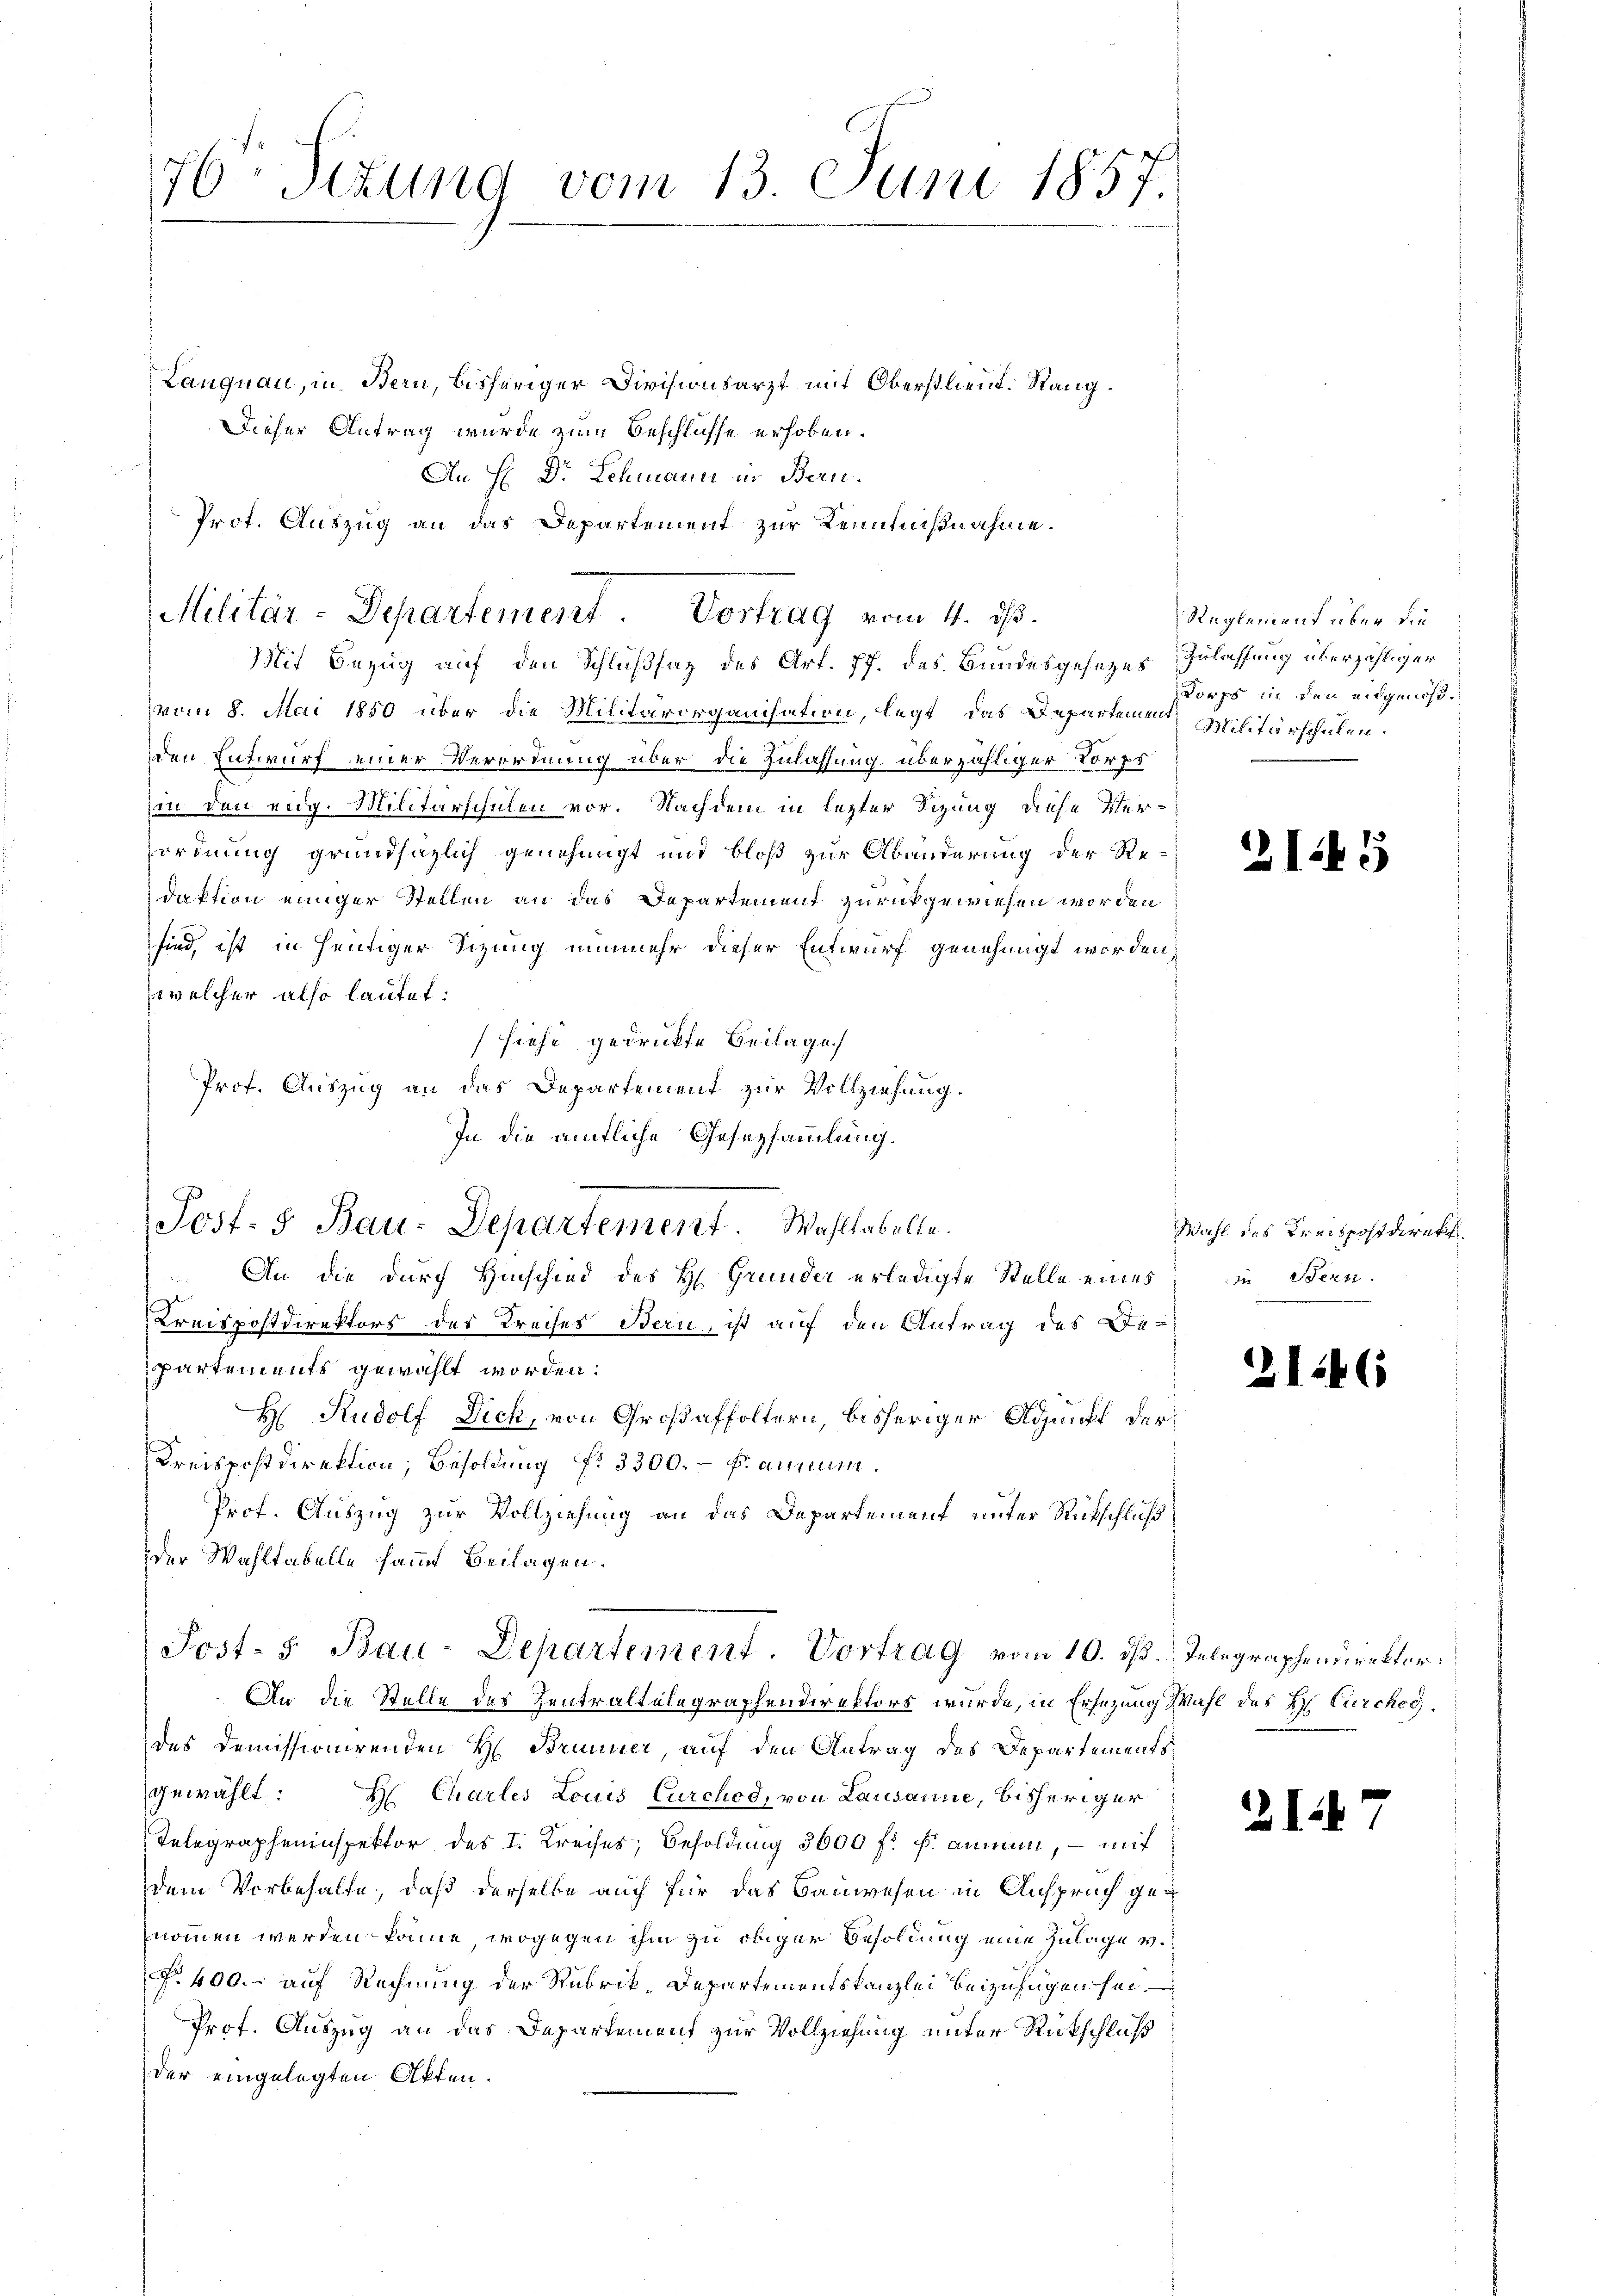
76 Sizung vom 13. Juni 1857.

Langnau, in Bern, bisheriger Divisionsarzt mit Oberstlieut. Rang¬
Dieser Antrag wurde zum Beschlüsse erhoben.

An H. Dr. Schmann in Beru¬
Mit Bezug auf den Schlußsaz des Art. 77. des Bundesgesetzes Zulassung überzähliger
vom 8. Mai 1850 über die Militärorganisation, legt, das Departemen Militärschulen.
den Entwurf einer Verordnung über die Zulassung überzähliger Korps
in den eidg. Militärschulen vor. Nachdem in lezter Sizung diese Verordnung grundsätzlich genehmigt und bloß zur Abänderung der Redaktion einiger Stellen an das Departement zurückgewiesen worden
sind, ist in heutiger Sizung nunmehr dieser Entwurf genehmigt worden,
welcher also lautet:
siehe gedrückte Beilage
Prof. Auszug an das Departement zur Vollziehung.
In die amtliche Gesezsammlung.
 An die durch Hinschied des H. Grunder erledigte Stelle eines
Kreispostdirektors des Kreises Bern, ist auf den Antrag des De-
partements gewählt worden:
H Rudolf Dich, von Großaffoltern, bisheriger Adjunkt der
Kreispostdirektion; Besoldung f. 3300. – Fr. annum.
Prof. Auszug zur Vollziehung an das Departement unter Rutschluß
der Wahltabelle sammt Beilagen.
Sost- & Bau-Departement. Vortrag vom 10. d. Telegraphendirektor
An die Stelle des Zentraltelegraphendirektors wurde, in Ersezung Wahl des H. Cürcheg
des Demissionirenden H. Brunner, auf den Antrag des Departementsgewählt: Hr. Charles Louis Curchod, von Lausanne, bisheriger
Telegrapheninspektor des I. Kreises; Besoldung 3600 fr. f. annen, – mit
dem Vorbehalte, daß derselbe auch für das Bauwesen in Anspruch genommen werden könne, wogegen ihm zu obiger Besoldung eine Zulage v.
§. 400.- auf Rechnung der Rubrik-Departementskanzlei beizufügen sei.
Prof. Auszug an das Departement zur Vollziehung unter Rückschluß
der eingelegten Akten.

Prot. Auszug an das Departement zur Kenntnißnahme.
Militär-Departement Vortrag vom 4. ds.

Post- & Bau-Departement. Wahltabelle.

Reglement über die
Korps in den eingenoß¬

2143

Wahl des Kreispostdirekt
in Bern.

2146

I